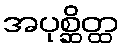
အပုစ္ဆိတ္ထ